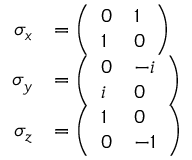
{ \begin{array} { r l } { \sigma _ { x } } & { = { \left( \begin{array} { l l } { 0 } & { 1 } \\ { 1 } & { 0 } \end{array} \right) } } \\ { \sigma _ { y } } & { = { \left( \begin{array} { l l } { 0 } & { - i } \\ { i } & { 0 } \end{array} \right) } } \\ { \sigma _ { z } } & { = { \left( \begin{array} { l l } { 1 } & { 0 } \\ { 0 } & { - 1 } \end{array} \right) } } \end{array} }